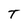
Character: T